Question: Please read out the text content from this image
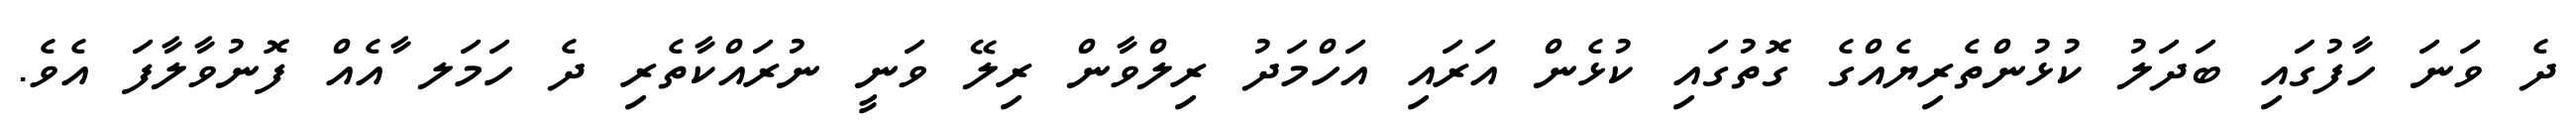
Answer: ދެ ވަނަ ހާފުގައި ބަދަލު ކުޅުންތެރިޔެއްގެ ގޮތުގައި ކުޅެން އަރައި އަހްމަދު ރިލްވާން ރިލޭ ވަނީ ނުރައްކާތެރި ދެ ހަމަލ ާއެއް ފޮނުވާލާފަ އެވެ.